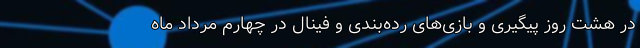
در هشت روز پیگیری و بازی‌های رده‌بندی و فینال در چهارم مرداد ماه